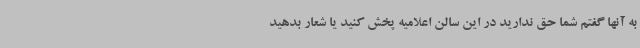
به آنها گفتم شما حق ندارید در این سالن اعلامیه پخش کنید یا شعار بدهید